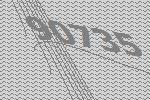
90735